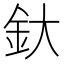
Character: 釱